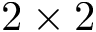
2 \times 2